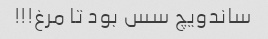
ساندویچ سس بود تا مرغ!!!